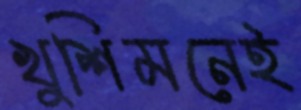
খুশিমনেই